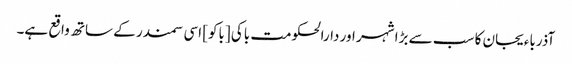
آذرباءیجان کا سب سے بڑا شہر اور دارالحکومت باکی [باکو] اسی سمندر کے ساتھ واقع ہے۔